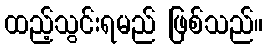
ထည့်သွင်းရမည် ဖြစ်သည်။